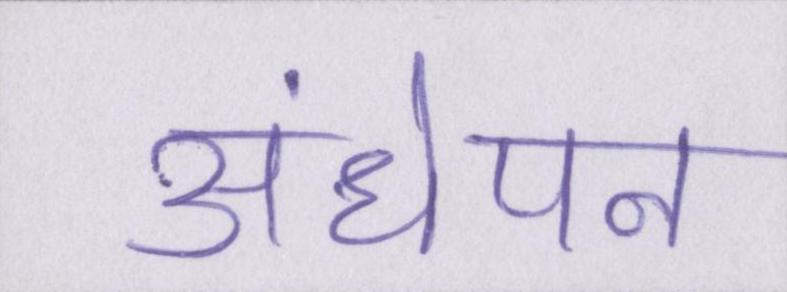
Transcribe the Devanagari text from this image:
अंधेपन